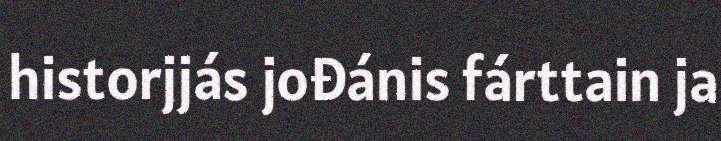
historjjás jođánis fárttain ja